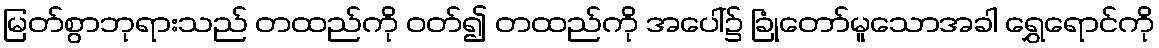
မြတ်စွာဘုရားသည် တထည်ကို ဝတ်၍ တထည်ကို အပေါ်၌ ခြုံတော်မူသောအခါ ရွှေရောင်ကို